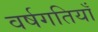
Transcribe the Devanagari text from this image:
वर्षगतियाँ